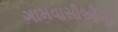
ગામવાસીઓની